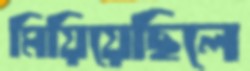
মিয়িয়েছিলে